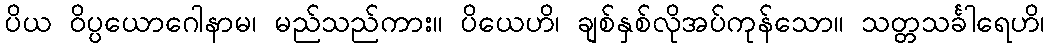
ပိယ ဝိပ္ပယောဂေါနာမ၊ မည်သည်ကား။ ပိယေဟိ၊ ချစ်နှစ်လိုအပ်ကုန်သော။ သတ္တသင်္ခါရေဟိ၊